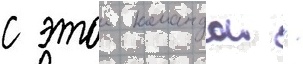
с этои командои /